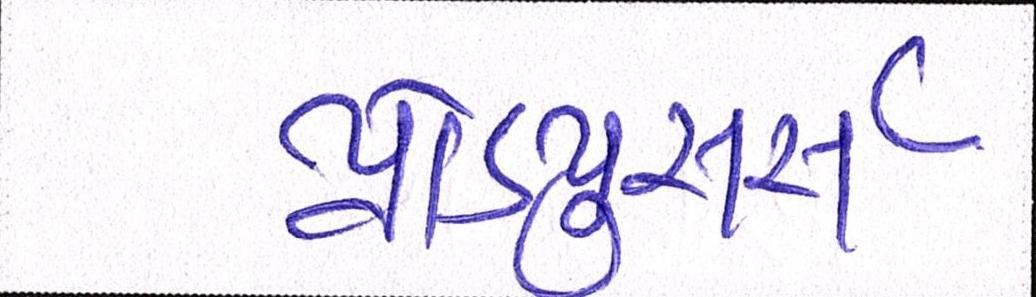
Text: પ્રોડ્યુસર્સ